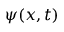
\psi ( x , t )